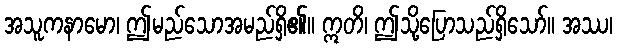
အသူကနာမော၊ ဤမည်သောအမည်ရှိ၏။ ဣတိ၊ ဤသို့ပြောသည်ရှိသော်။ အဿ၊